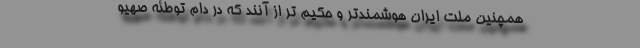
همچنین ملت ایران هوشمند‌تر و حکیم تر از آنند که در دام توطئه صهیو